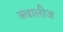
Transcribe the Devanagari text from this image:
क्वालीज